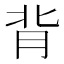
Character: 背